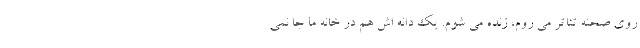
روی صحنه تئاتر می روم، زنده می شوم. یک دانه اش هم در خانه ما جا نمی